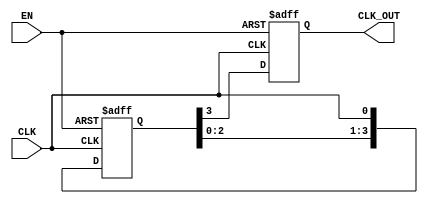
module DelayClockBuffer #(
    parameter DELAY_CYCLES = 4 // Number of clock cycles to delay
)(
    input wire CLK,      // Input clock signal
    input wire EN,       // Enable signal
    output reg CLK_OUT   // Delayed output clock signal
);

    // Internal signal to hold the delayed clock
    reg [DELAY_CYCLES-1:0] clk_delay;

    // Clock generation process
    always @(posedge CLK or negedge EN) begin
        if (!EN) begin
            // If enable is low, hold CLK_OUT in a stable state (low)
            CLK_OUT <= 1'b0; // or you can set it to 1'b1 depending on requirements
            clk_delay <= 0;  // Reset the delay register
        end else begin
            // Shift the clock signal into the delay register
            clk_delay <= {clk_delay[DELAY_CYCLES-2:0], CLK};
            // Output the delayed clock signal
            CLK_OUT <= clk_delay[DELAY_CYCLES-1];
        end
    end

endmodule